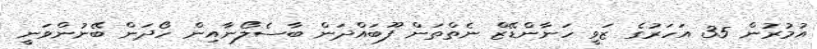
އުމުރުން 35 އަހަރުގެ ޒަވީ ހަނާންޑޭޒް ނެތްތަން ފޫބައްދަން ބާސެލޯނާއިން ހޯދަން ބޭނުންވަނީ